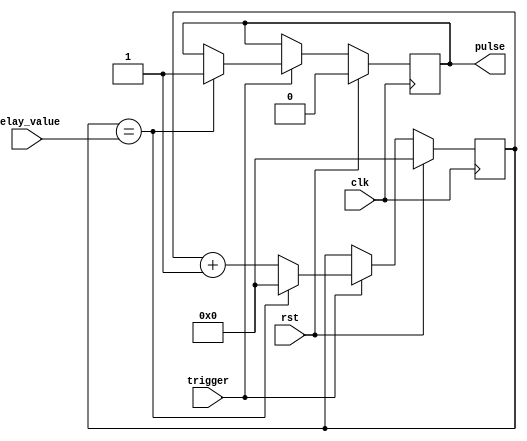
module one_shot_timer(
    input clk,                    // Clock input
    input rst,                    // Reset input
    input trigger,                // Trigger input for rising edge detection
    input [15:0] delay_value,     // Preset delay value
    output reg pulse              // Output pulse signal
);

reg [15:0] counter;              // Counter to count the delay time

always @(posedge clk) begin
    if (rst) begin
        counter <= 0;           // Reset counter
        pulse <= 0;             // Reset output signal
    end else begin
        if (trigger) begin      // Detect rising edge of input signal
            counter <= counter + 1;
            if (counter == delay_value) begin  // Compare counter with delay value
                pulse <= 1;     // Generate pulse
                counter <= 0;   // Reset counter
            end
        end
    end
end

endmodule